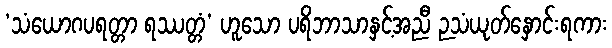
‘သံယောဂပရတ္တာ ရဿတ္တံ’ ဟူသော ပရိဘာသာနှင့်အညီ ဉသံယုတ်နှောင်းရကား